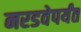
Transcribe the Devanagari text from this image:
नरडवेपर्यंत